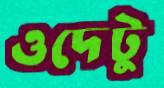
ওদেটু